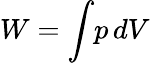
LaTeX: W=\int\! p\, dV